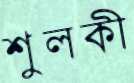
শুলকী